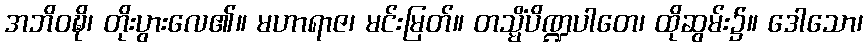
အဘိဝဍ္ဎိ၊ တိုးပွားလေ၏။ မဟာရာဇ၊ မင်းမြတ်။ တသ္မိံပိဏ္ဍပါတေ၊ ထိုဆွမ်း၌။ ဒေါသော၊